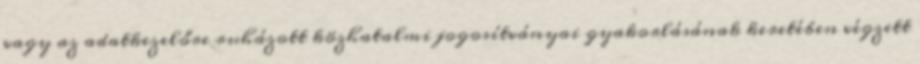
vagy az adatkezelőre ruházott közhatalmi jogosítványai gyakorlásának keretében végzett